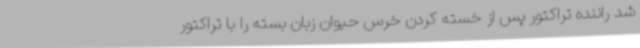
شد راننده تراکتور پس از خسته کردن خرس حیوان زبان بسته را با تراکتور